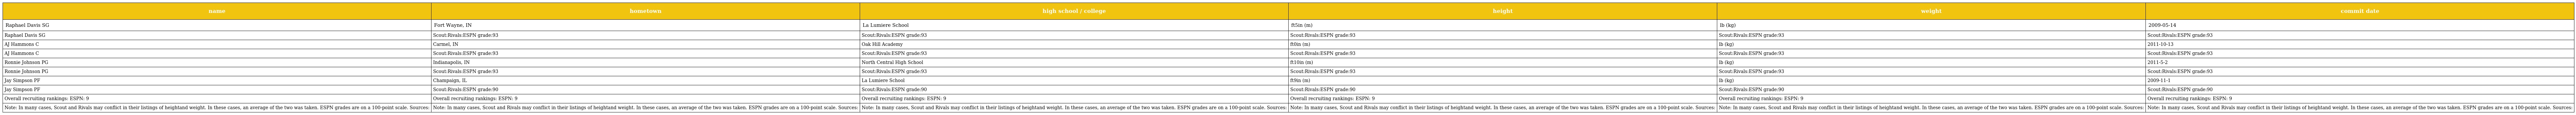
| name | hometown | high school / college | height | weight | commit date |
 | --- | --- | --- | --- | --- | --- |
 | Raphael Davis SG | Fort Wayne, IN | La Lumiere School | ft5in (m) | lb (kg) | 2009-05-14 |
 | Raphael Davis SG | Scout:Rivals:ESPN grade:93 | Scout:Rivals:ESPN grade:93 | Scout:Rivals:ESPN grade:93 | Scout:Rivals:ESPN grade:93 | Scout:Rivals:ESPN grade:93 |
 | AJ Hammons C | Carmel, IN | Oak Hill Academy | ft0in (m) | lb (kg) | 2011-10-13 |
 | AJ Hammons C | Scout:Rivals:ESPN grade:93 | Scout:Rivals:ESPN grade:93 | Scout:Rivals:ESPN grade:93 | Scout:Rivals:ESPN grade:93 | Scout:Rivals:ESPN grade:93 |
 | Ronnie Johnson PG | Indianapolis, IN | North Central High School | ft10in (m) | lb (kg) | 2011-5-2 |
 | Ronnie Johnson PG | Scout:Rivals:ESPN grade:93 | Scout:Rivals:ESPN grade:93 | Scout:Rivals:ESPN grade:93 | Scout:Rivals:ESPN grade:93 | Scout:Rivals:ESPN grade:93 |
 | Jay Simpson PF | Champaign, IL | La Lumiere School | ft9in (m) | lb (kg) | 2009-11-1 |
 | Jay Simpson PF | Scout:Rivals:ESPN grade:90 | Scout:Rivals:ESPN grade:90 | Scout:Rivals:ESPN grade:90 | Scout:Rivals:ESPN grade:90 | Scout:Rivals:ESPN grade:90 |
 | Overall recruiting rankings: ESPN: 9 | Overall recruiting rankings: ESPN: 9 | Overall recruiting rankings: ESPN: 9 | Overall recruiting rankings: ESPN: 9 | Overall recruiting rankings: ESPN: 9 | Overall recruiting rankings: ESPN: 9 |
 | Note: In many cases, Scout and Rivals may conflict in their listings of heightand weight. In these cases, an average of the two was taken. ESPN grades are on a 100-point scale. Sources: | Note: In many cases, Scout and Rivals may conflict in their listings of heightand weight. In these cases, an average of the two was taken. ESPN grades are on a 100-point scale. Sources: | Note: In many cases, Scout and Rivals may conflict in their listings of heightand weight. In these cases, an average of the two was taken. ESPN grades are on a 100-point scale. Sources: | Note: In many cases, Scout and Rivals may conflict in their listings of heightand weight. In these cases, an average of the two was taken. ESPN grades are on a 100-point scale. Sources: | Note: In many cases, Scout and Rivals may conflict in their listings of heightand weight. In these cases, an average of the two was taken. ESPN grades are on a 100-point scale. Sources: | Note: In many cases, Scout and Rivals may conflict in their listings of heightand weight. In these cases, an average of the two was taken. ESPN grades are on a 100-point scale. Sources: |